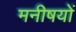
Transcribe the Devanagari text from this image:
मनीषयों